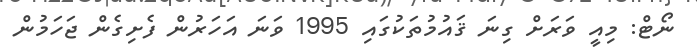
ނޯޓް: މިއީ ވަރަށް ގިނަ ޤައުމުތަކުގައި 1995 ވަނަ އަހަރުން ފެށިގެން ޖަހަމުން